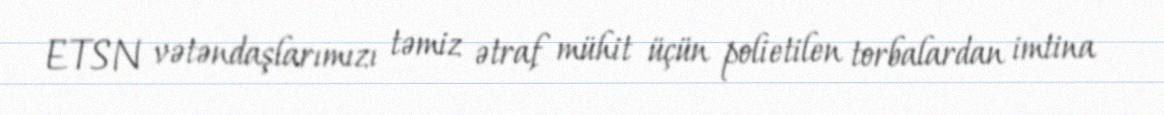
ETSN vətəndaşlarımızı təmiz ətraf mühit üçün polietilen torbalardan imtina